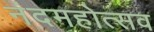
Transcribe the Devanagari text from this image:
नंदमहोत्सव